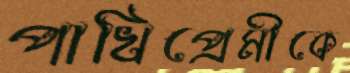
পাখিপ্রেমীকে